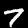
Label: 7